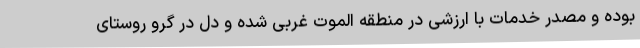
بوده و مصدر خدمات با ارزشی در منطقه الموت غربی شده و دل در گرو روستای